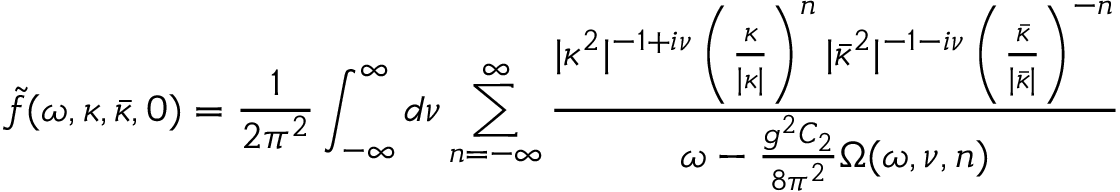
\tilde { f } ( \omega , \kappa , \bar { \kappa } , 0 ) = \frac { 1 } { 2 \pi ^ { 2 } } \int _ { - \infty } ^ { \infty } d \nu \sum _ { n = - \infty } ^ { \infty } { \frac { \vert \kappa ^ { 2 } \vert ^ { - 1 + i \nu } \left( { \frac { \kappa } { \vert \kappa \vert } } \right) ^ { n } \vert \bar { \kappa } ^ { 2 } \vert ^ { - 1 - i \nu } \left( { \frac { \bar { \kappa } } { \vert \bar { \kappa } \vert } } \right) ^ { - n } } { \omega - \frac { g ^ { 2 } C _ { 2 } } { 8 \pi ^ { 2 } } \Omega ( \omega , \nu , n ) } }